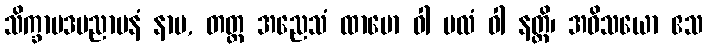
သိက္ခာပဒပညာပနံ နာမ, တတ္ထ အညေသံ ထာမော ဝါ ဗလံ ဝါ နတ္ထိ၊ အဝိသယော ဧသ